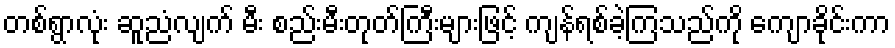
တစ်ရွာလုံး ဆူညံလျက် မီး စည်းမီးတုတ်ကြီးများဖြင့် ကျန်ရစ်ခဲ့ကြသည်ကို ကျောခိုင်းကာ